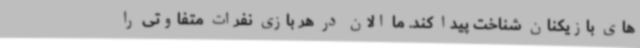
های بازیکنان شناخت پیدا کند. ما الان در هر بازی نفرات متفاوتی را